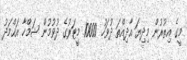
މީގެ އިތުރުން މިދިޔަ އާދިއްތަ ދުވަހު 10000 މީޓަރުގެ ދުވުމުން ޝަމްހާ އަޙްމަދު